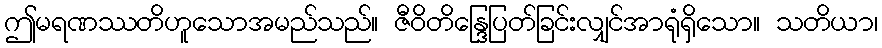
ဤမရဏဿတိဟူသောအမည်သည်။ ဇီဝိတိန္ဒြေပြတ်ခြင်းလျှင်အာရုံရှိသော။ သတိယာ၊